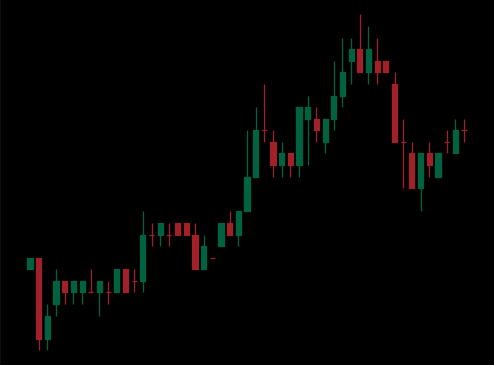
Pattern: bear_flag